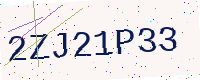
Text: 2ZJ21P33